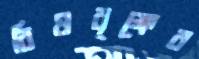
বিষবৃক্ষের